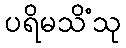
ပရိမသိံသု